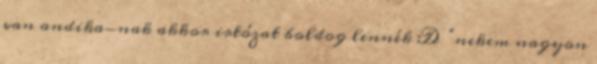
van andika-nak akkor irtózat boldog lennék :D “nekem nagyon